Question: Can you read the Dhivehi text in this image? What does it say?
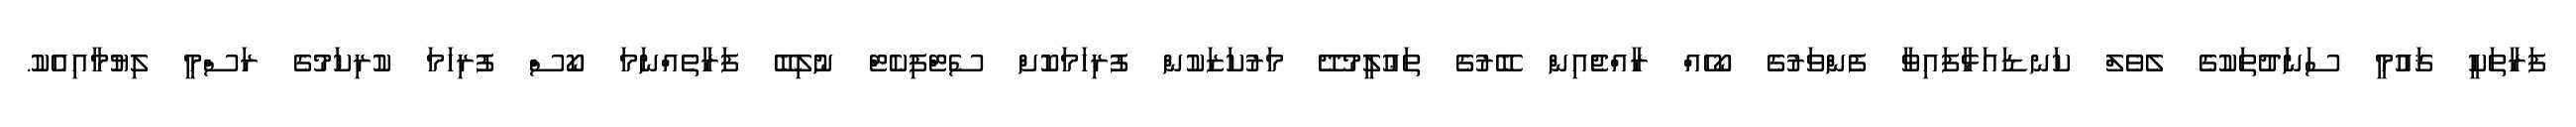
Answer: ފަރާތަކީ ޤައުމީ ސަނަދުތަކުގެ ލެވެލް ކަނޑައަޅާފައިވާ ފެންވަރުގެ ކޯހެއް ރާއްޖެއިން ބޭރުގެ ތަޢުލީމުދޭ މަރުކަޒަކުން ފުރިހަމަކޮށް ސެޓްފިކެޓް ނުލިބޭ ފަރާތެއްނަމަ ކޯސް ފުރިހަމަ ކުރިކަމުގެ ރަސްމީ ލިޔުމާއިއެކު.